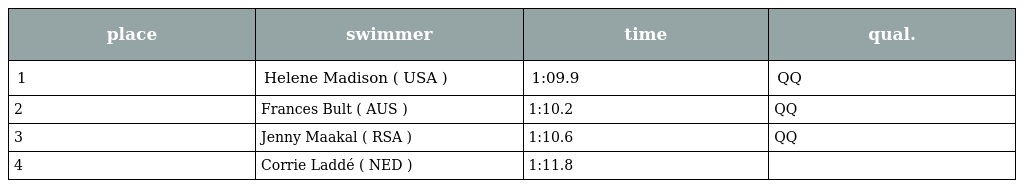
| place | swimmer | time | qual. |
 | --- | --- | --- | --- |
 | 1 | Helene Madison ( USA ) | 1:09.9 | QQ |
 | 2 | Frances Bult ( AUS ) | 1:10.2 | QQ |
 | 3 | Jenny Maakal ( RSA ) | 1:10.6 | QQ |
 | 4 | Corrie Laddé ( NED ) | 1:11.8 |  |